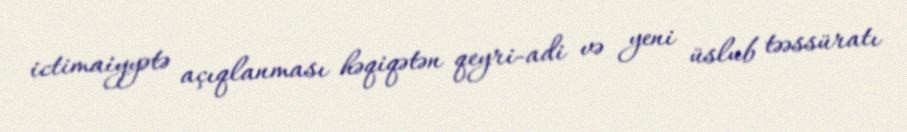
ictimaiyyətə açıqlanması həqiqətən qeyri-adi və yeni üslub təəssüratı